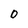
Character: 0